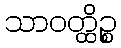
သာဝတ္ထိဉ္စ